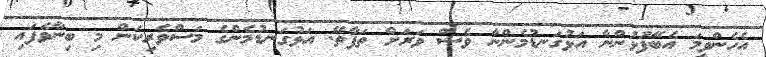
އެހެންވީމަ އެބޭފުޅުންނާ އަޅުގަނޑުމެންނާ ވެސް ވަރަށް ތަފާތޭ. އަޅުގަނޑުމެންގެ މަސްވެރިކަން މި ބިނާވެފައި